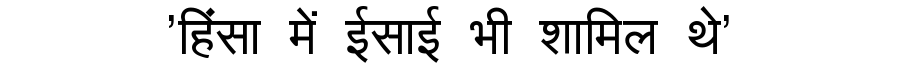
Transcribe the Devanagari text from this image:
'हिंसा में ईसाई भी शामिल थे'